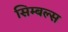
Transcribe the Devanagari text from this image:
सिम्बल्स